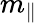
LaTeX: m_{\parallel}